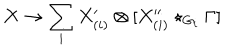
X \to \sum _ { i } X _ { ( i ) } ^ { \prime } \otimes [ X _ { ( i ) } ^ { \prime \prime } \star _ { G _ { i } } \Gamma ]